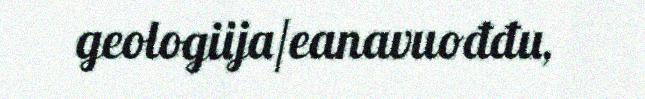
geologiija/eanavuođđu,